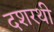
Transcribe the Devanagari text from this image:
दशरथी